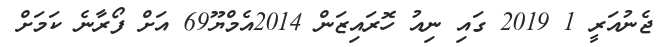
ޖެނުއަރީ 1 2019 ގައި ނިއު ހޮރައިޒަން 2014އެމްޔޫ69 އަށް ފޯރާނެ ކަމަށް